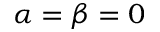
\alpha = \beta = 0